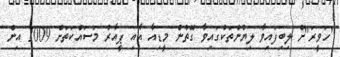
"ހަވީރަ"ށް ލިބިފައިވާ ލިޔުންތަކުގައިވާ ގޮތުން މީޑިއާ އާއި ޕީއާރު މަސައްކަތަށް 2009 އިން